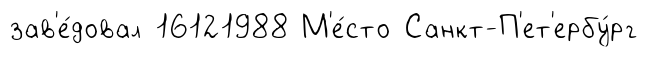
зав'е́довал 16121988 М'е́сто Санкт-П'ет'ербу́рг